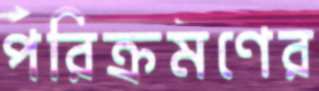
পরিক্রমণের